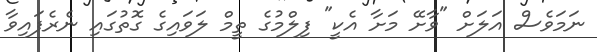
ނަމަވެސް އަލަށް "ވާށޭ މަށާ އެކީ" ފިލްމުގެ ތީމް ލަވައިގެ ގޮތުގައި ނެރެފައިވާ